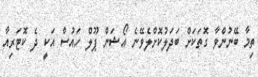
ތިމާ ބޭނުންވާ ގޮތަކަށް ބަދަލުކޮށްލެވޭނެ އޯޝަން ޕޫލް ހައުސް އަކީ ދެ ކޮޓަރިއާ